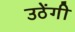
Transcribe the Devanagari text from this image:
उठेंगी